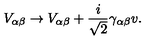
V _ { \alpha \beta } \rightarrow V _ { \alpha \beta } + \frac { i } { \sqrt { 2 } } \gamma _ { \alpha \beta } v .